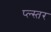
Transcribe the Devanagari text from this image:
प्ल्स्तर